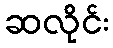
ဆလိုင်း